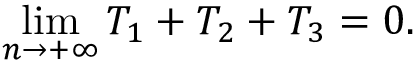
\operatorname* { l i m } _ { n \rightarrow + \infty } T _ { 1 } + T _ { 2 } + T _ { 3 } = 0 .